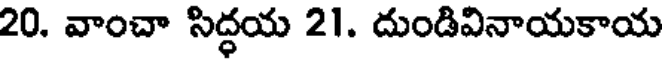
20. వాంచా సిద్ధయ 21. దుండివినాయకాయ